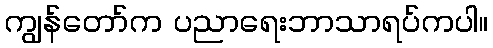
ကျွန်တော်က ပညာရေးဘာသာရပ်ကပါ။